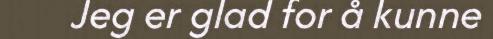
Jeg er glad for å kunne